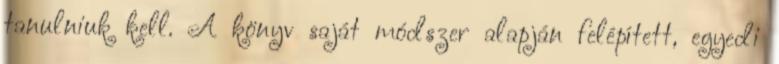
tanulniuk kell. A könyv saját módszer alapján felépített, egyedi